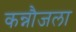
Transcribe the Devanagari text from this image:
कन्नौजला